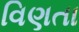
વિણતા